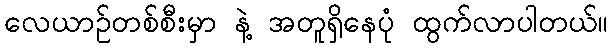
လေယာဉ်တစ်စီးမှာ နဲ့ အတူရှိနေပုံ ထွက်လာပါတယ်။